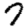
Digit: 7